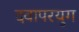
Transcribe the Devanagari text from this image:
दवापरयुग